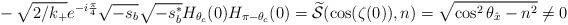
LaTeX: \begin{align*}&-\sqrt{2/k_{+}}e^{-i\frac{\pi}{4}}\sqrt{-s_b}\sqrt{-s_b^{*}}H_{\theta_c}(0)H_{\pi-\theta_c}(0)= \widetilde{\mathcal S}(\cos(\zeta(0)),n)=\sqrt{\cos^2\theta_{\hat x}-n^2}\ne 0\end{align*}